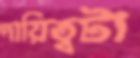
দায়িত্বটা